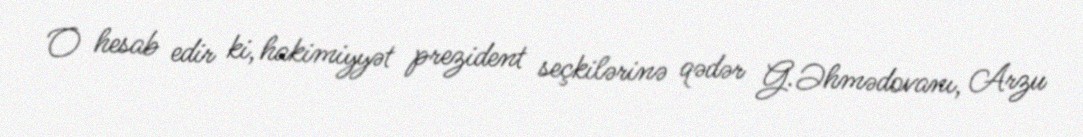
O hesab edir ki, hakimiyyət prezident seçkilərinə qədər G.Əhmədovanı, Arzu